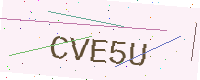
Text: CVE5U